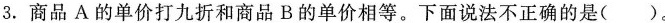
3.商品A的单价打九折和商品B的单价相等。下面说法不正确的是()。